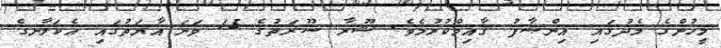
މީހުންގެ މެދުގައި އިންޞާފު ޤާއިމްކުރުމެވެ. ޝޫރާ ސޫރަތުގެ 15 ވަނަ އާޔަތުގައި އެކަލާނގެ